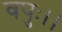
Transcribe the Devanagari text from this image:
वपुः।।